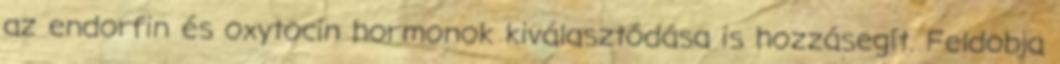
az endorfin és oxytocin hormonok kiválasztódása is hozzásegít. Feldobja